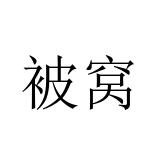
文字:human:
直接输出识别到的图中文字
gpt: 被窝